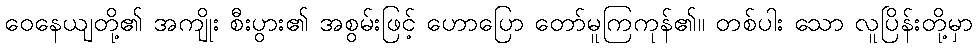
ဝေနေယျတို့၏ အကျိုး စီးပွား၏ အစွမ်းဖြင့် ဟောပြော တော်မူကြကုန်၏။ တစ်ပါး သော လူပြိန်းတို့မှာ